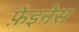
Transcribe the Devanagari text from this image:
फ़ेइनेस